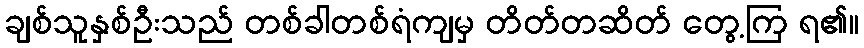
ချစ်သူနှစ်ဦးသည် တစ်ခါတစ်ရံကျမှ တိတ်တဆိတ် တွေ့ကြ ရ၏။